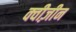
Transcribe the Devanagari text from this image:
क्वीज़ीन